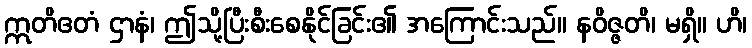
ဣတိဧတံ ဌာနံ၊ ဤသို့ပြီးစီးစေနိုင်ခြင်း၏ အကြောင်းသည်။ နဝိဇ္ဇတိ၊ မရှိ။ ဟိ၊